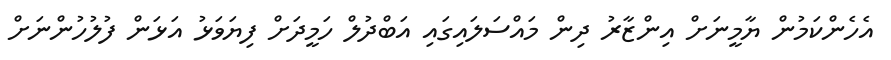
އެހެންކަމުން ޔާމީނަށް އިންޒާރު ދިން މައްސަލައިގައި އަބްދުލް ހަމީދަށް ފިޔަވަޅު އަޅަން ފުލުހުންނަށް